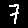
Digit: 7